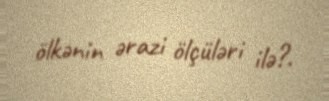
ölkənin ərazi ölçüləri ilə?.